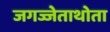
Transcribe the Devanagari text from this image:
जगज्जेताथोता